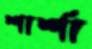
শার্শা